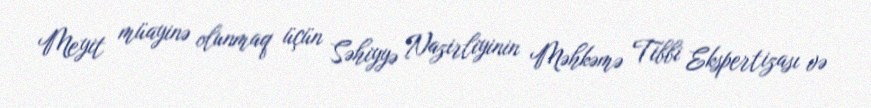
Meyit müayinə olunmaq üçün Səhiyyə Nazirliyinin Məhkəmə Tibbi Ekspertizası və